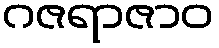
ဂဇရာဇာဝ